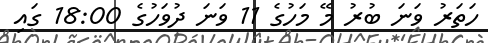
ހަތަރު ވަނަ ބުރު މޭ މަހުގެ 11 ވަނަ ދުވަހުގެ 18:00 ގައި